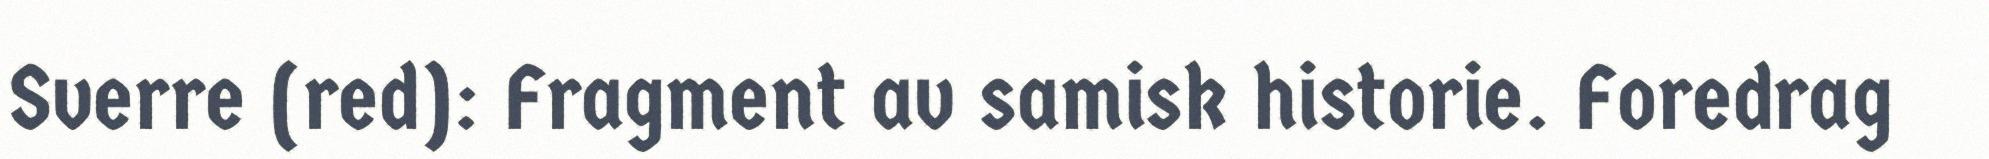
Sverre (red): Fragment av samisk historie. Foredrag